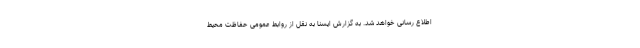
اطلاع رسانی خواهد شد. به گزارش ایسنا به نقل از روابط عمومی حفاظت محیط